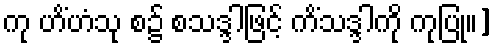
ကု ဟိံဟံသု စ၌ စသဒ္ဒါဖြင့် ကိံသဒ္ဒါကို ကုပြု။]